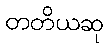
တတိယဆု